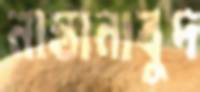
নাস্তানাবুদ